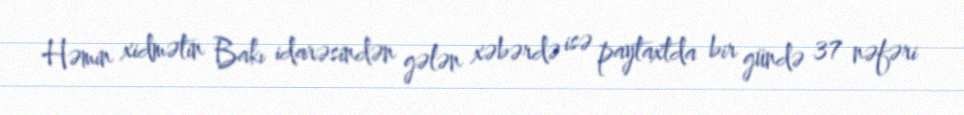
Həmin xidmətin Bakı idarəsindən gələn xəbərdə isə paytaxtda bir gündə 37 nəfəri